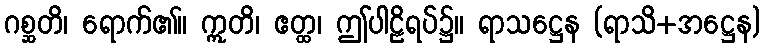
ဂစ္ဆတိ၊ ရောက်၏။ ဣတိ၊ ဧတ္ထ၊ ဤပါဠိရပ်၌။ ရာသဋ္ဌေန (ရာသိ+အဋ္ဌေန)